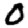
Digit: 0